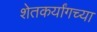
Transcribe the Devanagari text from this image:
शेतकर्यांगच्या